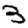
Digit: 3